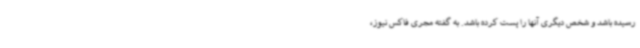
رسیده باشد و شخص دیگری آنها را پست کرده باشد. به گفته مجری فاکس نیوز،